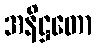
အနိဋ္ဌတော